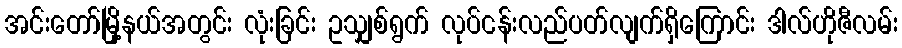
အင်းတော်မြို့နယ်အတွင်း လုံးခြင်း ဥသျှစ်ရွက် လုပ်ငန်းလည်ပတ်လျက်ရှိကြောင်း ဒါလ်ဟိုဇီလမ်း